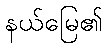
နယ်မြေ၏